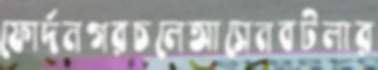
ফোর্দনগরচলেআসেনবটলার